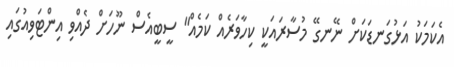
އެކަމަކު އަޅުގަނޑަކަށް ނޭނގޭ މުސާރައަކީ ކިހާވަރެއް ކަމެއް" ސީބީއެސް ނޫހަށް ދެއްވި އިންޓަވިއުގައި